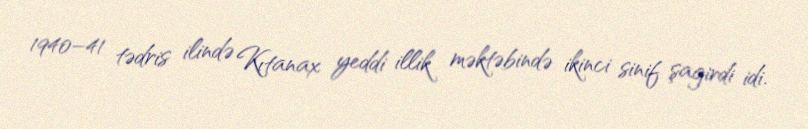
1940–41 tədris ilində Kıtanax yeddi illik məktəbində ikinci sinif şagirdi idi.